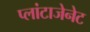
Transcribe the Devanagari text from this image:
प्लांटाजेनेट